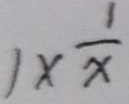
1 \times \frac { 1 } { x }